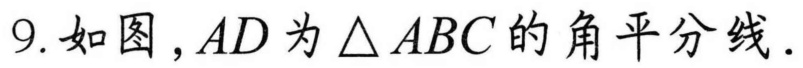
9. 如图，\(AD\) 为 \(\triangle ABC\) 的角平分线.